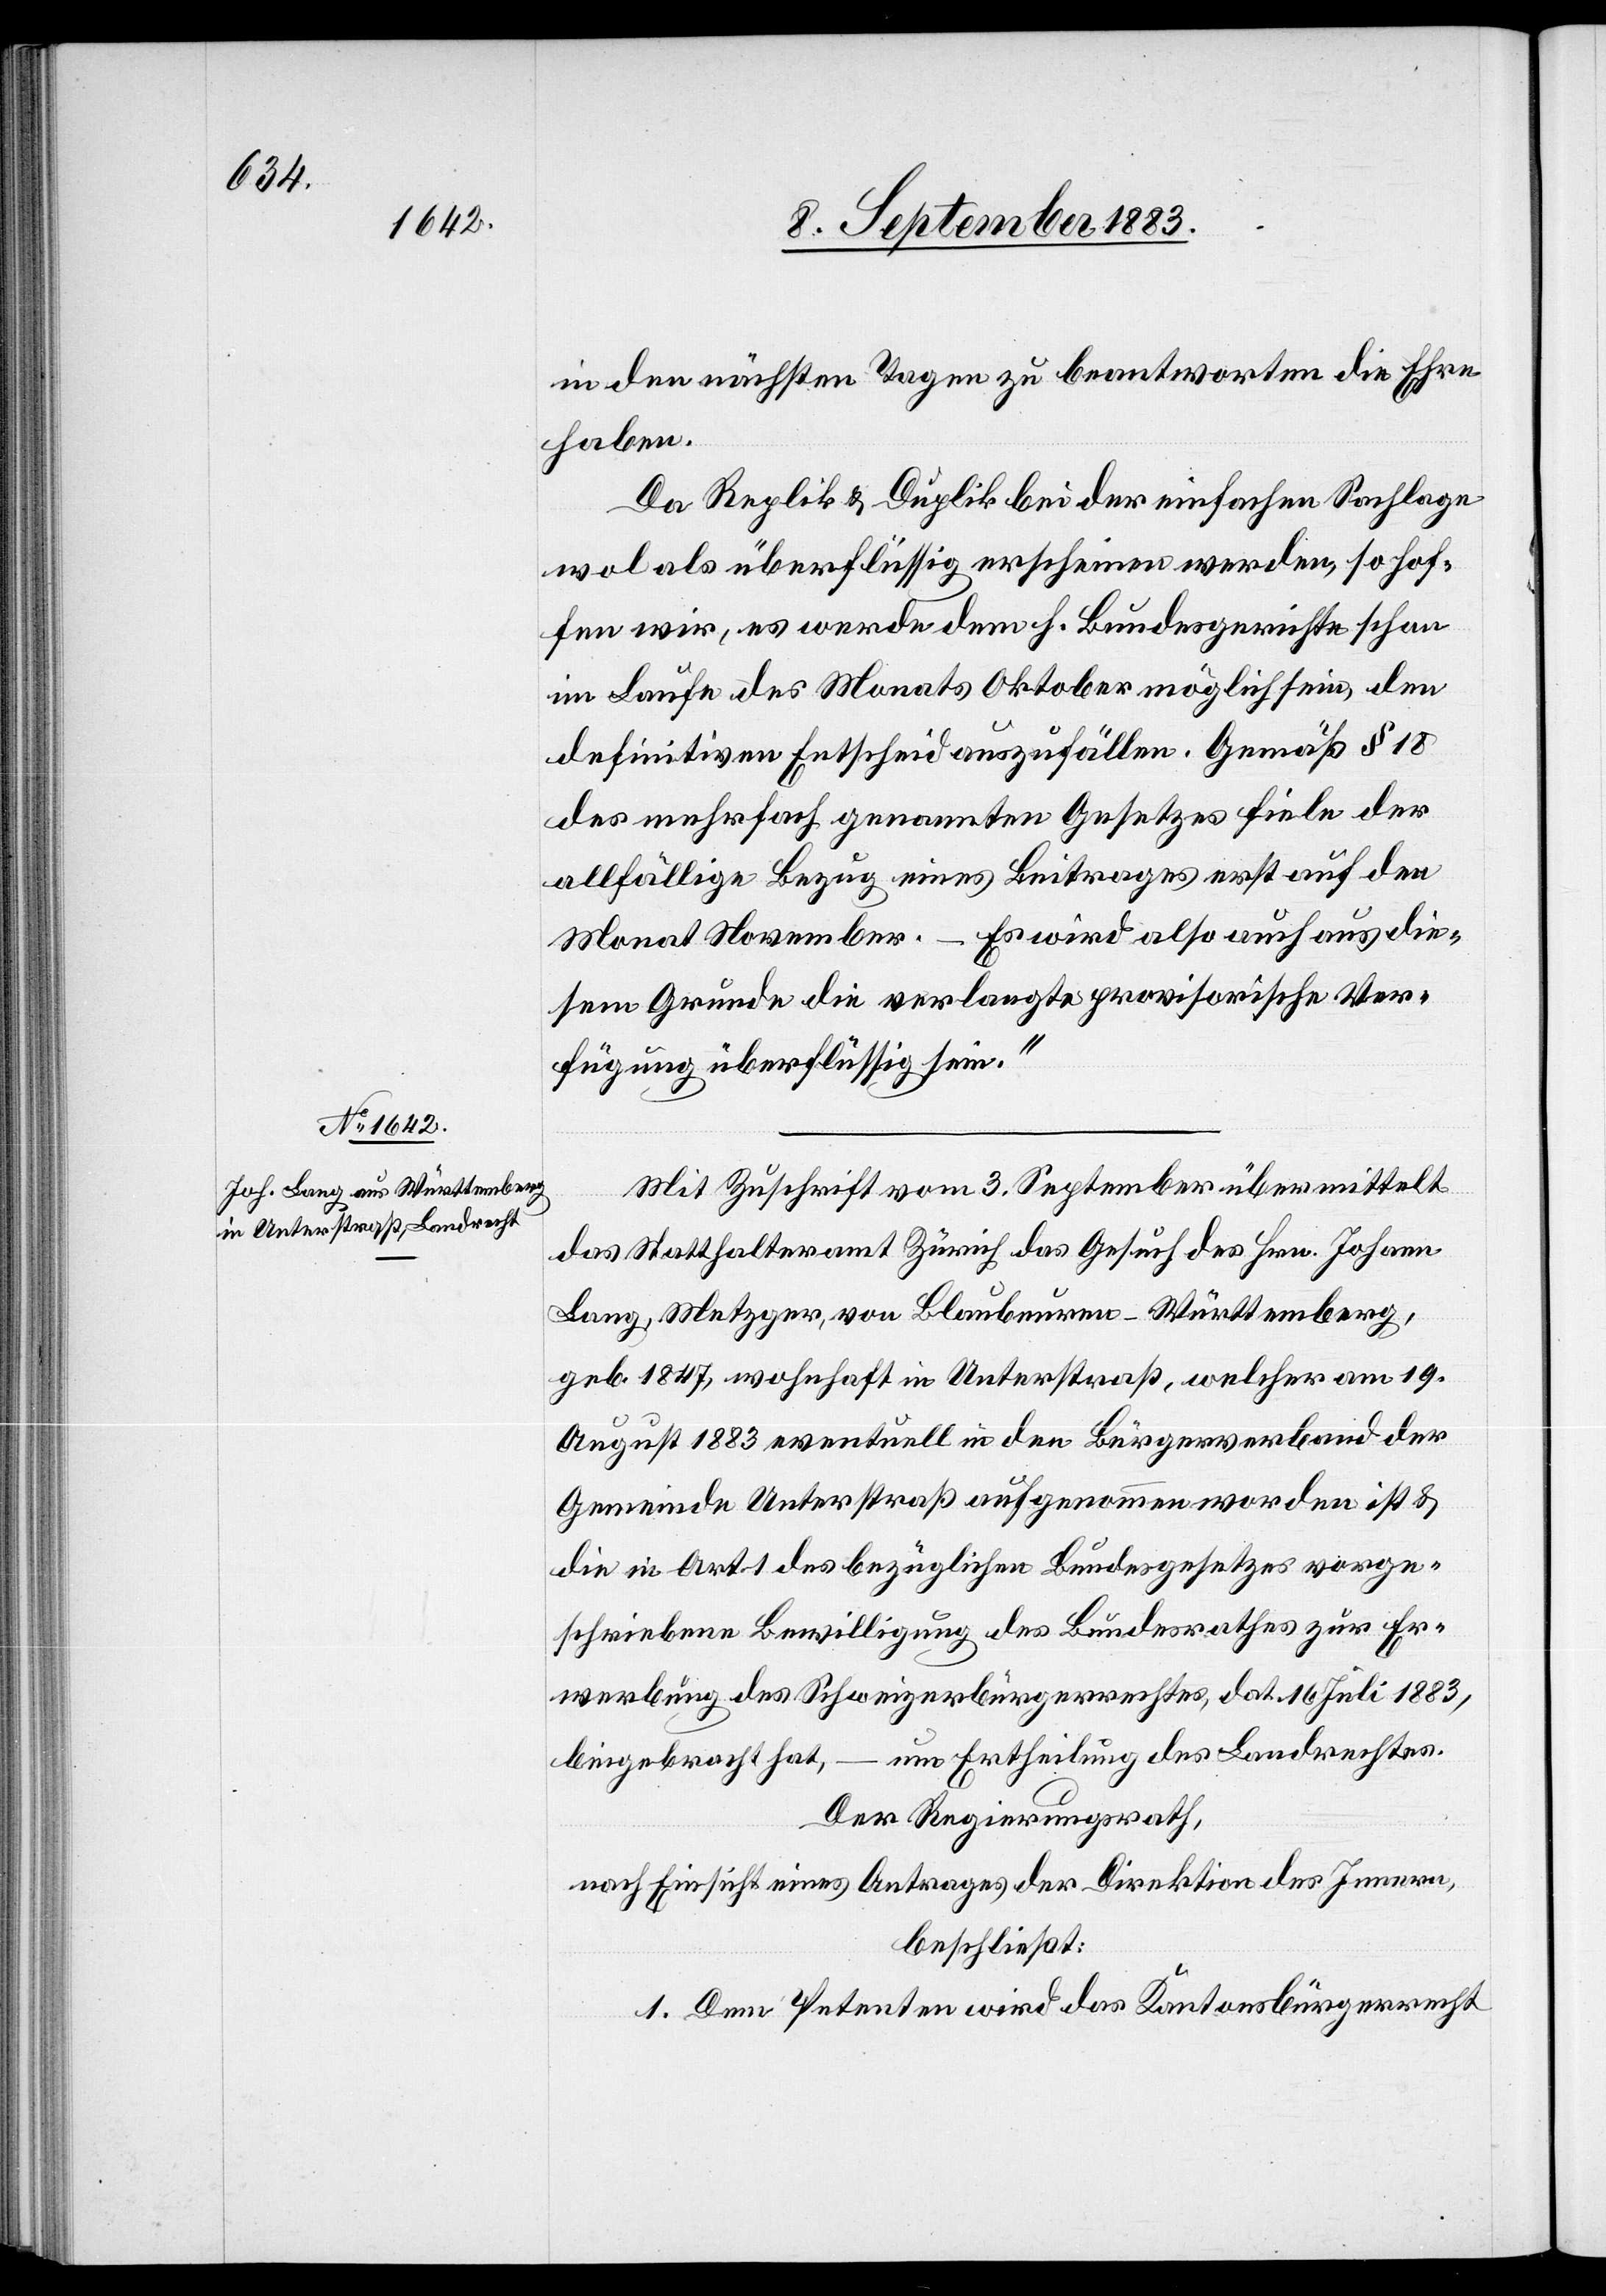
in den nächsten Tagen zu beantworten die Ehre
haben.
Da Replik & Duplik bei der einfachen Sachlage
wol als überflüssig erscheinen werden, so hof¬
fen wir, es werde dem h. Bundesgerichte schon
im Laufe des Monats Oktober möglich sein, den
definitiven Entscheid auszufällen. Gemäß § 18
des mehrfach genannten Gesetzes fiele der
allfällige Bezug eines Beitrages erst auf den
Monat November. – Es wird also auch aus die¬
sem Grunde die verlangte provisorische Ver¬
fügung überflüssig sein.“
Mit Zuschrift vom 3. September übermittelt
das Statthalteramt Zürich das Gesuch des Hrn. Johann
Lang, Metzger, von Blaubeuren - Württemberg,
geb. 1847, wohnhaft in Unterstraß, welcher am 19.
August 1883 eventuell in den Bürgerverband der
Gemeinde Unterstraß aufgenommen worden ist &
die in Art. 1 des bezüglichen Bundesgesetzes vorge¬
schriebene Bewilligung des Bundesrathes zur Er¬
werbung des Schweizerbürgerrechtes, dat. 16. Juli 1883,
beigebracht hat, – um Ertheilung des Landrechtes.
Der Regierungsrath,
nach Einsicht eines Antrages der Direktion des Innern,
beschließt:
1. Dem Petenten wird das Kantonsbürgerrecht